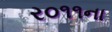
ર૦૧૧ના